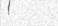
٦